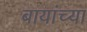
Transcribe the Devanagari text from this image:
बायांच्या